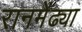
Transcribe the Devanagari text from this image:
रानमेंढ्या